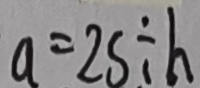
a = 2 S \div h